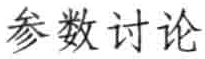
参数讨论